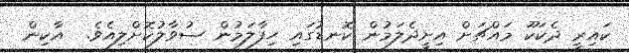
ކައިރީ ދެކަކޫ މައްޗަށް އިށީދެލަމުން ކޮނޑުގައި ހިފާލަމުން ސުވާލުކޮށްލިއެވެ.  އާކިން